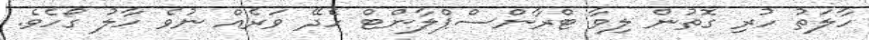
ހާލަތު ހުރި ގޮތުން ލިވާ ޓްރާންސްޕްލާންޓް ހެދޭ ވަރެއް ނުވެ ހާލު ގޯހެވެ.